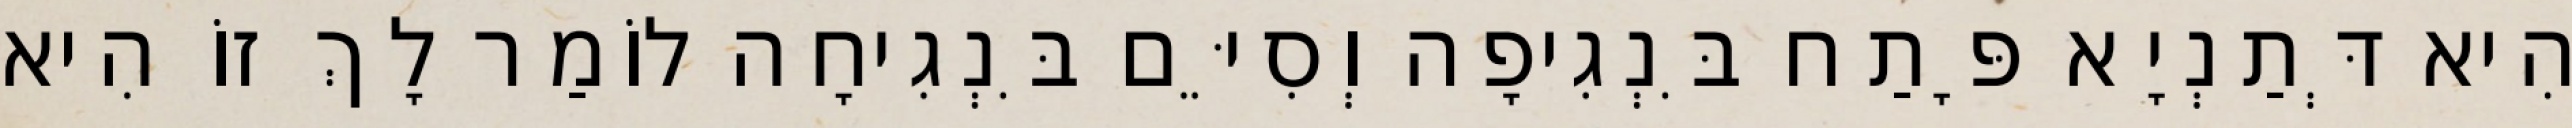
הִיא דְּתַנְיָא פָּתַח בִּנְגִיפָה וְסִיֵּם בִּנְגִיחָה לוֹמַר לָךְ זוֹ הִיא